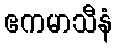
ဧကမာသီနံ